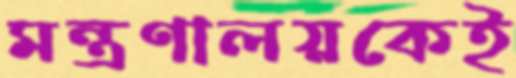
মন্ত্রণালয়কেই